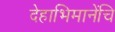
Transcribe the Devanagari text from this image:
देहाभिमानेंचि